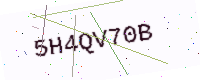
Text: 5H4QV70B